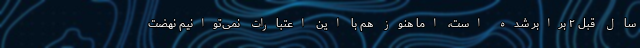
سال قبل ۲ برابر شده است، اما هنوز هم با این اعتبارات نمی‌توانیم نهضت